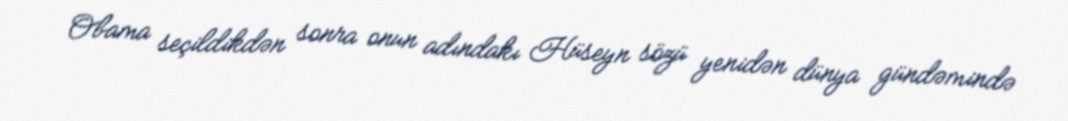
Obama seçildikdən sonra onun adındakı Hüseyn sözü yenidən dünya gündəmində